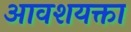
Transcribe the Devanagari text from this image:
आवशयक्ता